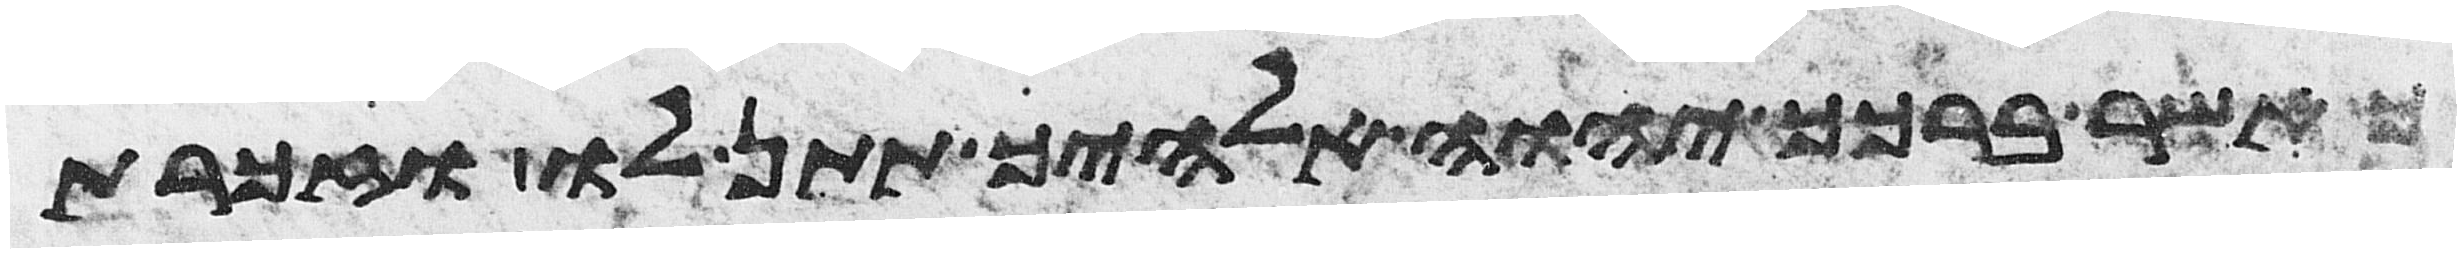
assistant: כאשר ברכך יהוה אלהיך תתן לו וזכרת